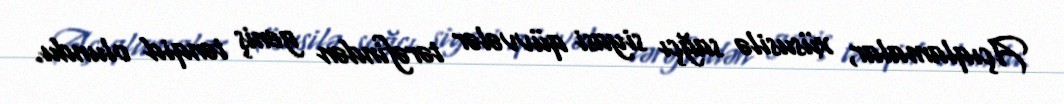
Açıqlamalar, xüsusilə sağçı siyasi qüvvələr tərəfindən geniş tənqid olundu.